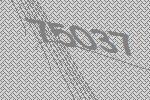
75037